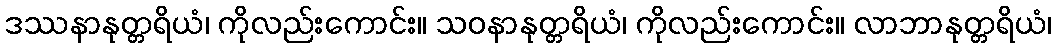
ဒဿနာနုတ္တရိယံ၊ ကိုလည်းကောင်း။ သဝနာနုတ္တရိယံ၊ ကိုလည်းကောင်း။ လာဘာနုတ္တရိယံ၊